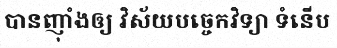
បានញ៉ាំងឲ្យ វិស័យបច្ចេកវិទ្យា ទំនើប